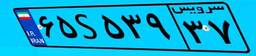
۹۴S۱۱۲۴۴